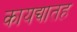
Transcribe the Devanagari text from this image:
कायद्यातह